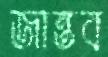
জান্তব